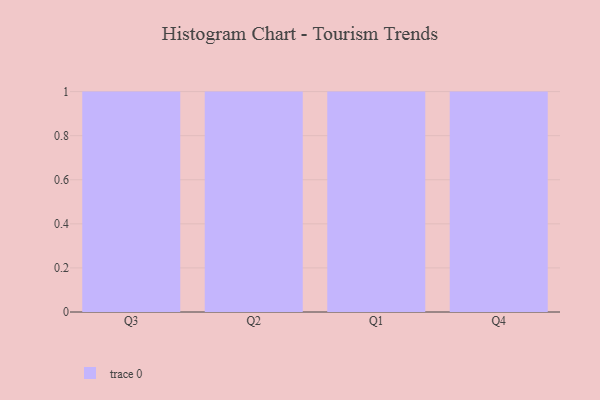
{"axis": {"x": "Quarter", "y": "Market Share (%)"}, "legend": [""], "data": [{"x": "Q3", "y": 96, "type": ""}, {"x": "Q2", "y": 80, "type": ""}, {"x": "Q1", "y": 62, "type": ""}, {"x": "Q4", "y": 73, "type": ""}]}